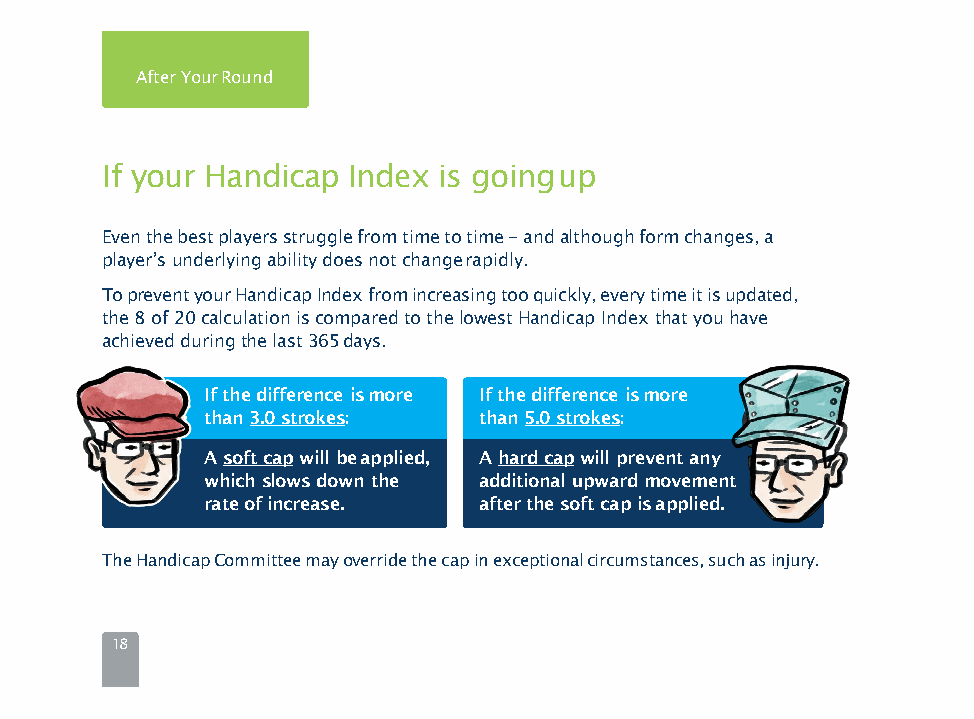
After YourRound
 If your Handicap Index is goingup
 Eventhebestplayersstrugglefromtimetotime-andalthoughformchanges,a
 player’s underlying ability does not changerapidly.
 TopreventyourHandicapIndexfromincreasingtooquickly,everytimeitisupdated,
 the 8 of 20 calculation is compared to the lowest Handicap Index that you have
 achieved during the last 365days.
 If the difference ismore If the difference ismore
 than 3.0strokes:   than 5.0strokes:
 A soft capwill beapplied, A hard capwill prevent any
 which slows down the additional upward movement
 rate ofincrease.   after the soft cap isapplied.
 TheHandicapCommitteemayoverridethecapinexceptionalcircumstances,suchasinjury.
 18